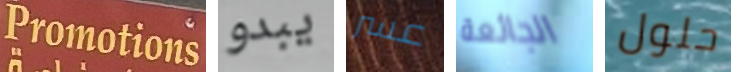
Promotions يبدو عسر الجائعة حلول